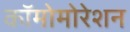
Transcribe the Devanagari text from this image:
कॉमोमोरेशन